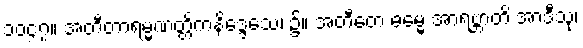
၁၀၄၇။ အတီတာရမ္မဏတ္တိကနိဒ္ဒေသေ၊ ၌။ အတီတေ ဓမ္မေ အာရဗ္ဘာတိ အာဒီသု၊